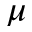
\mu